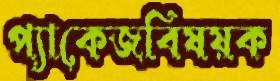
প্যাকেজবিষয়ক